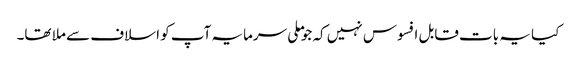
کیا یہ بات قابل افسوس نہیں کہ جو ملی سرمایہ آپ کو اسلاف سے ملا تھا۔